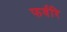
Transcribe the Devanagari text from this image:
फर्वरि